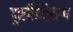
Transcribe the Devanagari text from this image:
दुर्खीमियन